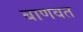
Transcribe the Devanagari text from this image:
बाणवत